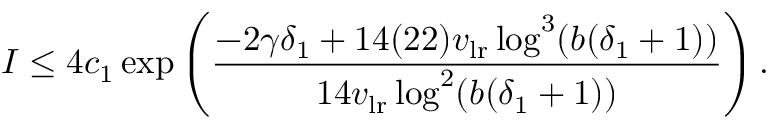
I \leq 4 c _ { 1 } \exp \left( \frac { - 2 \gamma \delta _ { 1 } + 1 4 ( 2 2 ) v _ { \mathrm { l r } } \log ^ { 3 } ( b ( \delta _ { 1 } + 1 ) ) } { 1 4 v _ { \mathrm { l r } } \log ^ { 2 } ( b ( \delta _ { 1 } + 1 ) ) } \right) .